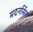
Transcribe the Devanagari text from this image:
मदनसिंग